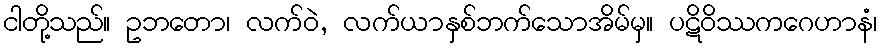
ငါတို့သည်။ ဥဘတော၊ လက်ဝဲ, လက်ယာနှစ်ဘက်သောအိမ်မှ။ ပဋိဝိဿကဂေဟာနံ၊